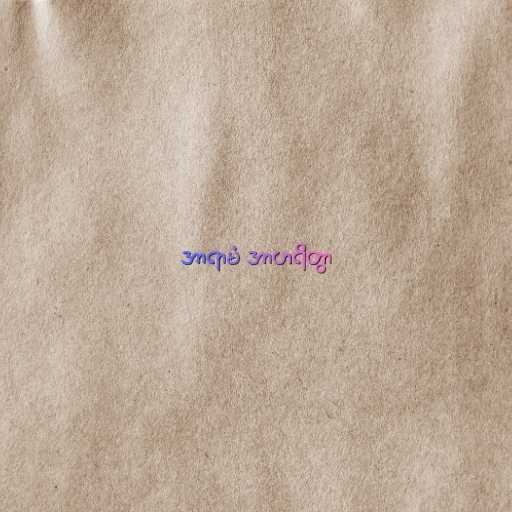
အာရာမံ အာဟရိတွာ